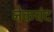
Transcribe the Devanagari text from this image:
नेकचंद